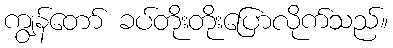
ကျွန်တော် ခပ်တိုးတိုးပြောလိုက်သည်။